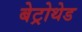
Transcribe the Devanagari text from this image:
बेट्रोथेड